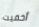
أخفيت